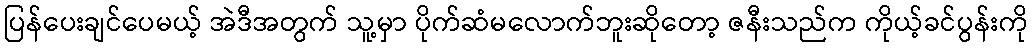
ပြန်ပေးချင်ပေမယ့် အဲဒီအတွက် သူ့မှာ ပိုက်ဆံမလောက်ဘူးဆိုတော့ ဇနီးသည်က ကိုယ့်ခင်ပွန်းကို